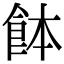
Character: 䬱